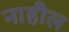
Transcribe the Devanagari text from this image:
नाहील